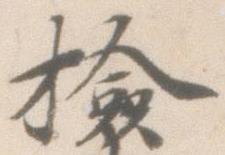
検